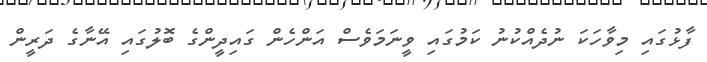
ފާޅުގައި މިވާހަކަ ނުދެއްކުނު ކަމުގައި ވީނަމަވެސް އަންހެން ގައިދީންގެ ބޮލުގައި އޭނާގެ ދަރީން